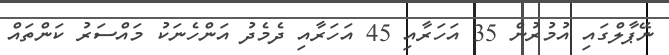
ނޭޕާލްގައި އުމުރުން 35 އަހަރާއި 45 އަހަރާއި ދެމެދު އަންހެނަކު މައްސަރު ކަންތައް